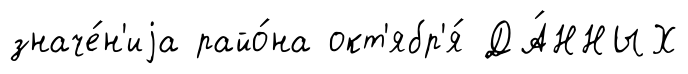
значе́н'иjа райо́на окт'ябр'я́ ДА́ННЫХ